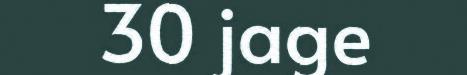
30 jage